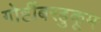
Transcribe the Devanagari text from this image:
गोष्टींबरहुकूम